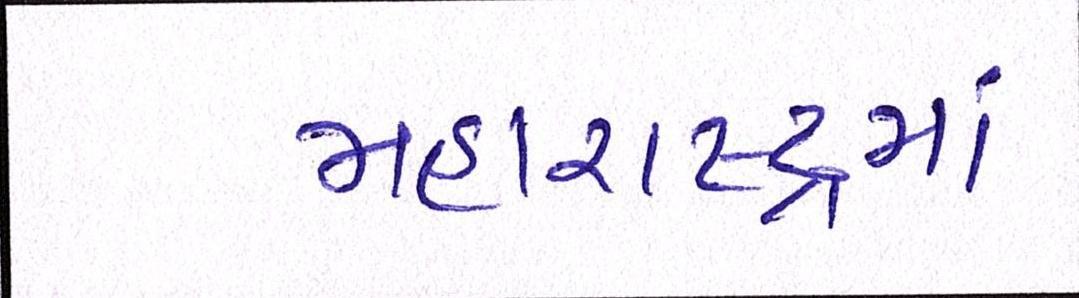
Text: મહારાષ્ટ્રમાં